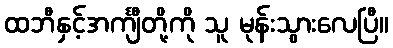
ထဘီနှင့်အင်္ကျီတို့ကို သူ မုန်းသွားလေပြီ။